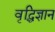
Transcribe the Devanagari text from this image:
वृद्धिज्ञान